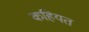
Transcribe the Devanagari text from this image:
कहियत